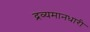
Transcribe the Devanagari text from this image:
द्रव्यमानधारी